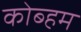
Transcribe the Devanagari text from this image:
कोब्हम